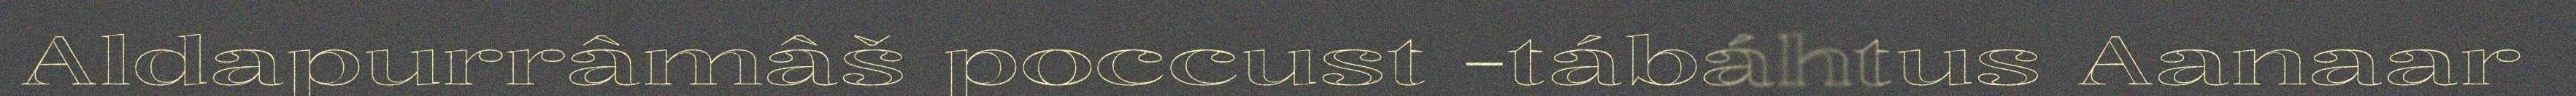
Aldapurrâmâš poccust -tábáhtus Aanaar